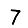
Digit: 7